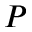
P